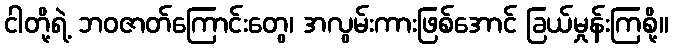
ငါတို့ရဲ့ ဘဝဇာတ်ကြောင်းတွေ၊ အလွမ်းကားဖြစ်အောင် ခြယ်မှုန်းကြစို့။